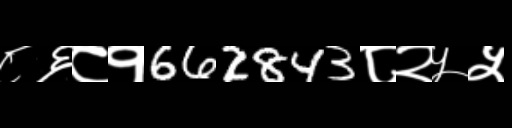
Text: ८६८१662843८२५५